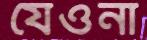
যেওনা